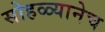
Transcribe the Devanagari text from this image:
सोहळ्यानेच